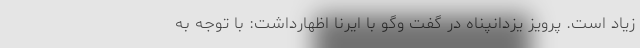
زیاد است. پرویز یزدانپناه در گفت وگو با ایرنا اظهارداشت: با توجه به